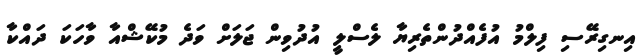
އިނގިރޭސި ފިލްމު އުފެއްދުންތެރިޔާ ލެސްލީ އުދުވިން ޖަލަށް ވަދެ މުކޭޝްއާ ވާހަކަ ދައްކާ